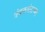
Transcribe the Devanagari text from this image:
त्रंबकपंताच्या